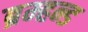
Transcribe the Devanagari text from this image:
ब्रम्हन्ड